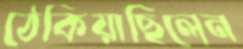
ঠেকিয়াছিলেন